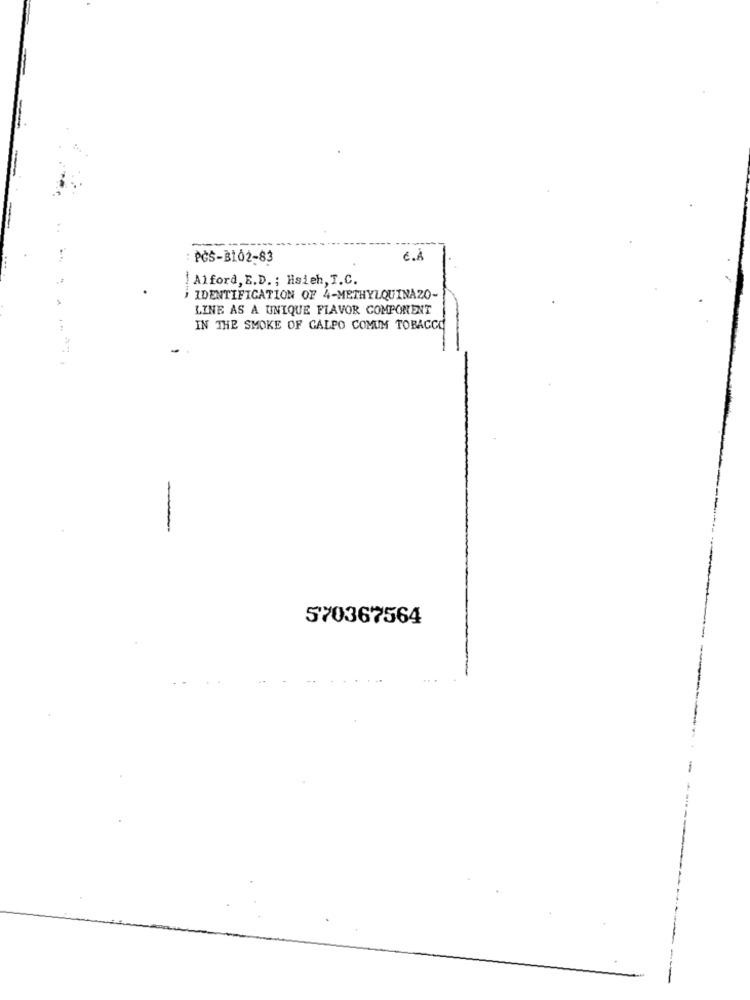
: PČS-B102-83
C.A
Alford, E.D. ; Hsieh, T.C.
IDENTIFICATION OF 4-METHYLQUINAZO-
LINE AS A UNIQUE FLAVOR COMPONENT
IN THE SMOKE OF GALPO COMUM TOBACCO
-
570367564